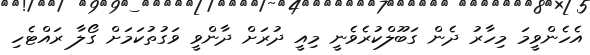
އެހެންވީމަ މިހާރު ދެން ގަބޫލްކުރެވެނީ މިއީ ދުރަށް ދާންވީ ވަގުތުކަމަށް ގޯލާ ރައްޓެހި